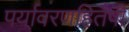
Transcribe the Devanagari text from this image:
पर्यावरणहितैषी